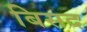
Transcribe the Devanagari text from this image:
बिसद